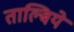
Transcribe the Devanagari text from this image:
ताल्बिये